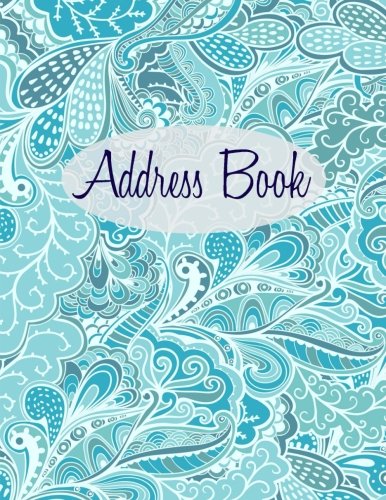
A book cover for Address Book (Big Print, Extra Large Paperback Address Books ) (Volume 95); Creative Journals and Planners; Business & Money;